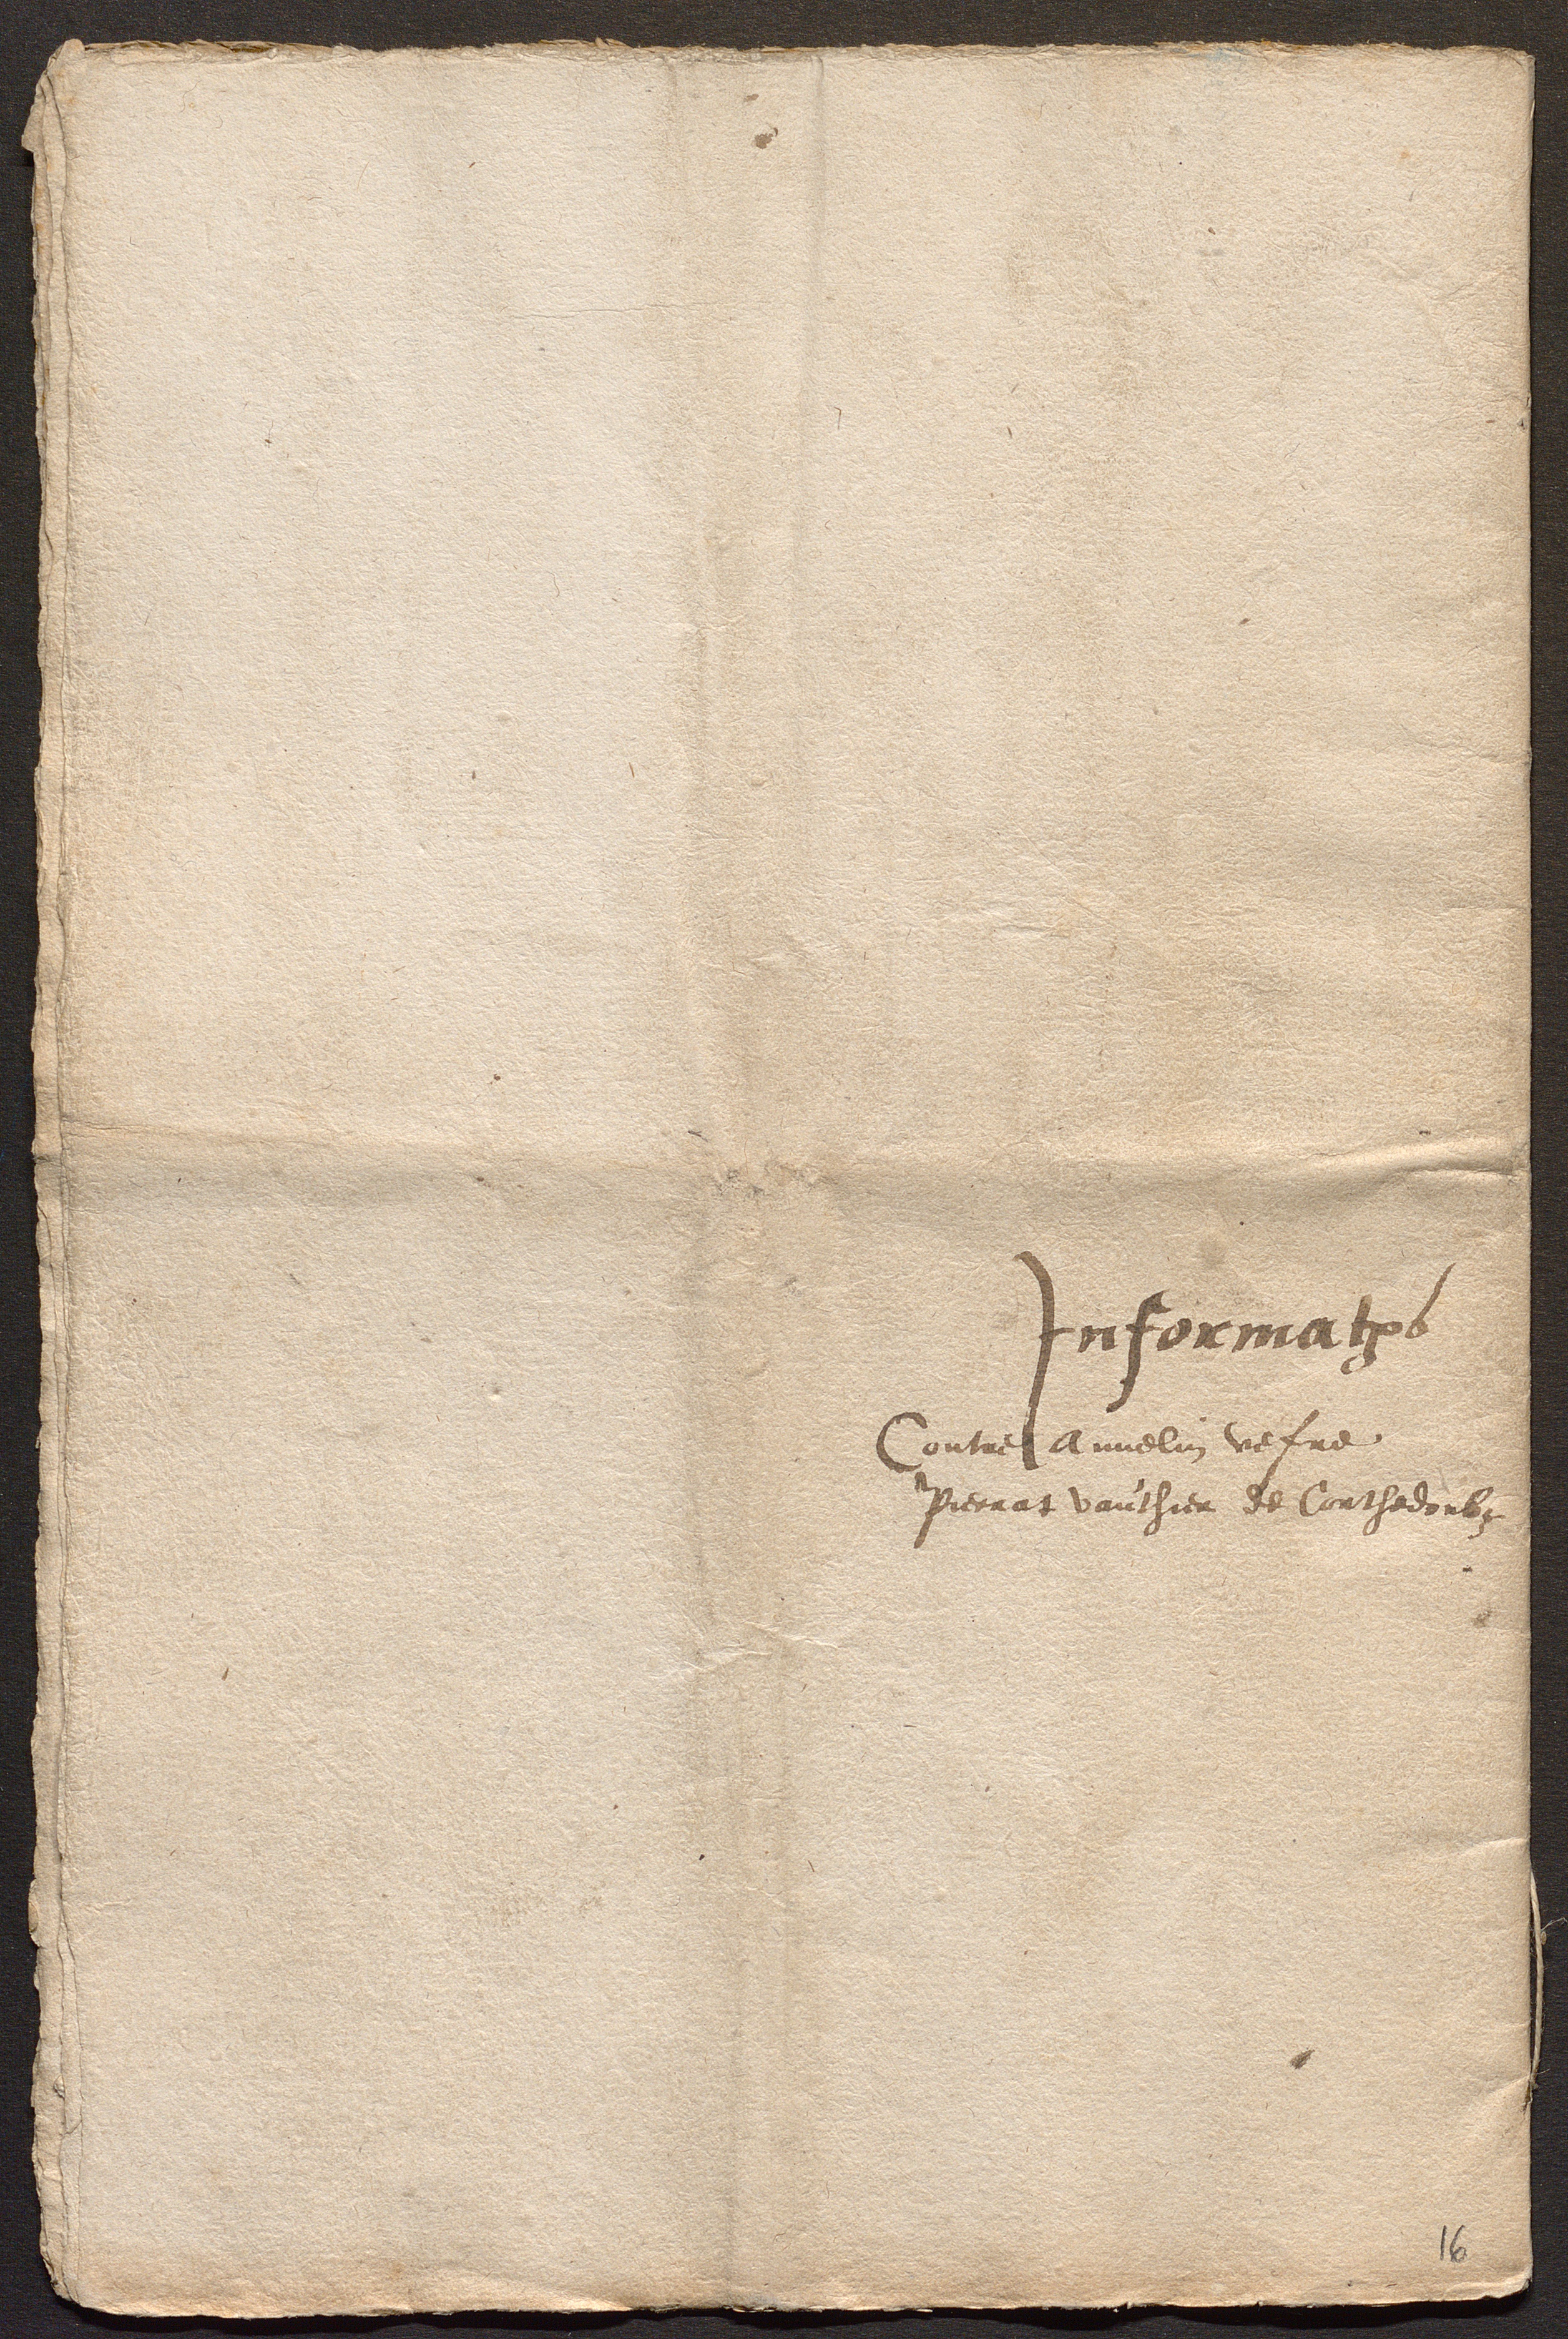
Informations
Contre Annelin vefve
Pierrat vauthier de Courthedoubs